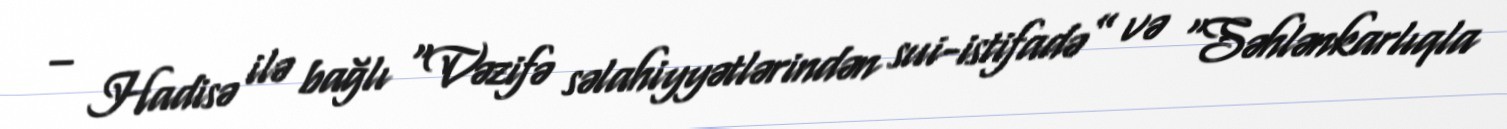
– Hadisə ilə bağlı “Vəzifə səlahiyyətlərindən sui-istifadə” və “Səhlənkarlıqla